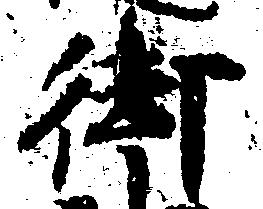
御